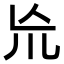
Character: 㠩